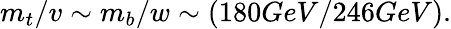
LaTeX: m_{t}/v\sim m_{b}/w\sim(180GeV/246GeV).